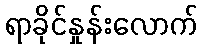
ရာခိုင်နှုန်းလောက်